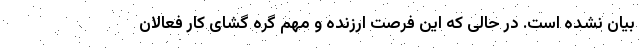
بیان نشده است. در حالی که این فرصت ارزنده و مهم گره گشای کار فعالان